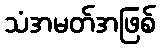
သံအမတ်အဖြစ်